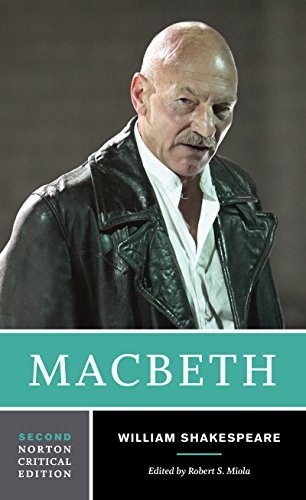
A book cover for Macbeth (Second Edition)  (Norton Critical Editions); William Shakespeare; Comics & Graphic Novels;